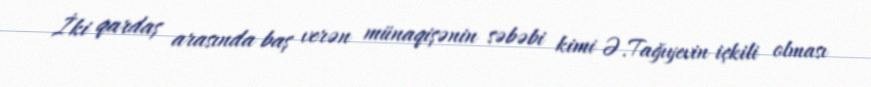
İki qardaş arasında baş verən münaqişənin səbəbi kimi Ə.Tağıyevin içkili olması